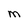
Character: M